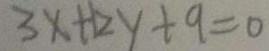
3 x + 1 2 y + 9 = 0